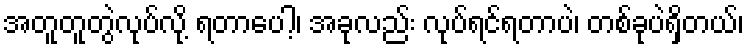
အတူတူတွဲလုပ်လို့ ရတာပေါ့၊ အခုလည်း လုပ်ရင်ရတာပဲ၊ တစ်ခုပဲရှိတယ်၊